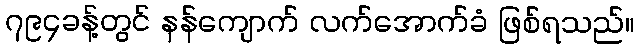
၇၉၄ခန့်တွင် နန်ကျောက် လက်အောက်ခံ ဖြစ်ရသည်။